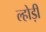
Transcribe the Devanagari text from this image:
ल्होड़ी